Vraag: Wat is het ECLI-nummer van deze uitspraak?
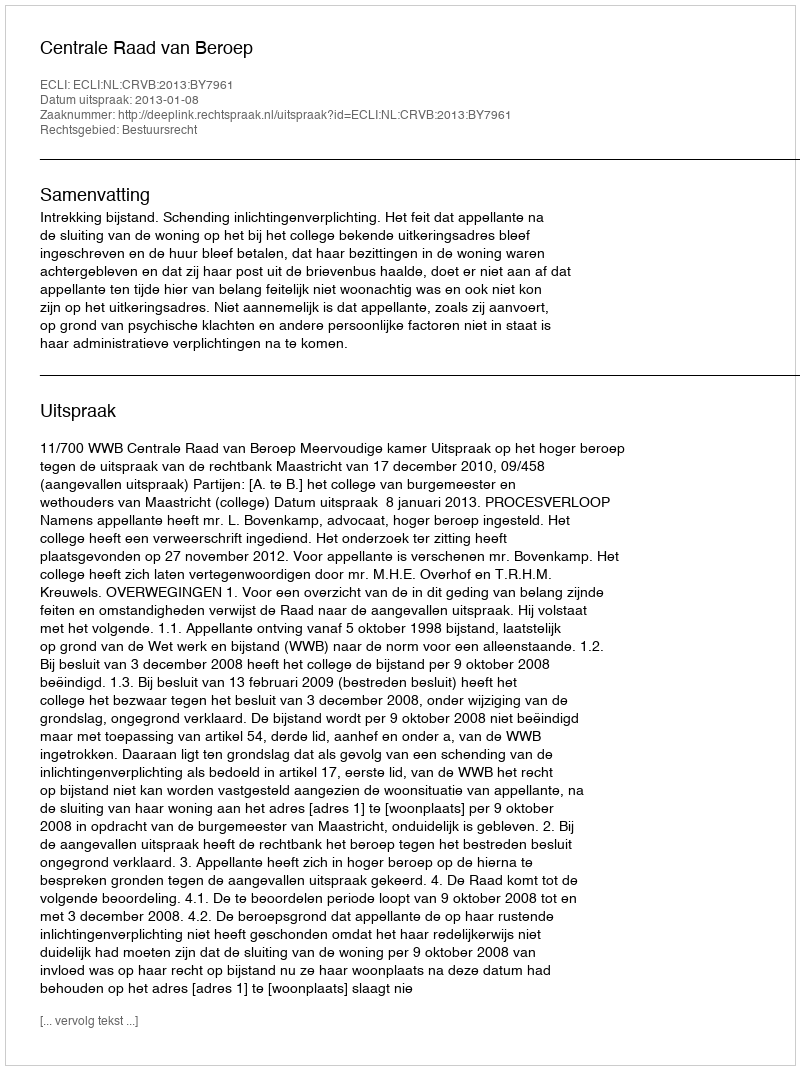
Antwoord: ECLI:NL:CRVB:2013:BY7961